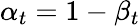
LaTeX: \alpha_{t}=1-\beta_{t}